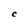
Character: C